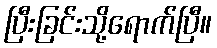
ပြီးခြင်းသို့ရောက်ပြီ။